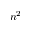
n ^ { 2 }